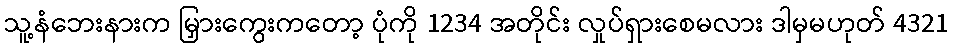
သူ့နံဘေးနားက မြှားကွေးကတော့ ပုံကို 1234 အတိုင်း လှုပ်ရှားစေမလား ဒါမှမဟုတ် 4321